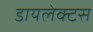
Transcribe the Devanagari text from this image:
डायलेक्टस